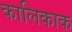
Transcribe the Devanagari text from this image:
कालिकाक